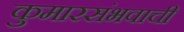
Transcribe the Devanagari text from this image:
कुमारसंभवाची